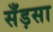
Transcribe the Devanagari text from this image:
सँड़सा